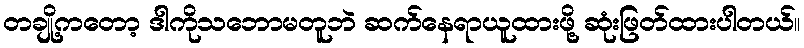
တချို့ကတော့ ဒါကိုသဘောမတူဘဲ ဆက်နေရာယူထားဖို့ ဆုံးဖြတ်ထားပါတယ်။